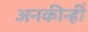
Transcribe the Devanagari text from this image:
अनकीन्‍हीं